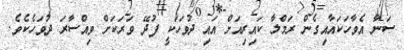
ސަނާ އެވާހަކައާއިގެން ރަމްލާ ކައިރިއަށް އައި ދުވަހަކީ ފުދޭ ވަރަކަށް ވިއްސާރަ ދުވަހެކެވެ.